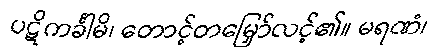
ပဋိကင်္ခါမိ၊ တောင့်တမြှော်လင့်၏။ မရဏံ၊